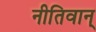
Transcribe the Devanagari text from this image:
नीतिवान्‌